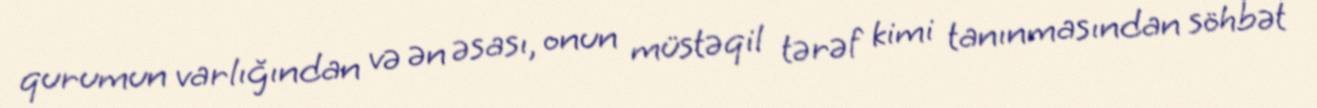
qurumun varlığından və ən əsası, onun müstəqil tərəf kimi tanınmasından söhbət